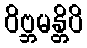
ဝိဗ္ဘမန္တိပိ